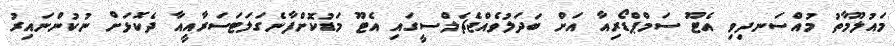
މައުލޫމާތު މުއްސަނދިވި އެޓޫ ސަމްޕްޑޯރިއާ އަށް ބަދަލުވެއްޖެޗެލްސީގައި އެޓޫ މަޑުކޮށްފާނެގަލަޓަސަރާއީއާ ދެކޮޅަށް ނުކުންނައިރު